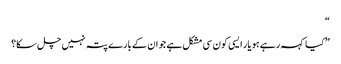
“
” کیا کہہ رہے ہو یار ایسی کون سی مشکل ہے جو ان کے بارے پتہ نہیں چل سکا؟